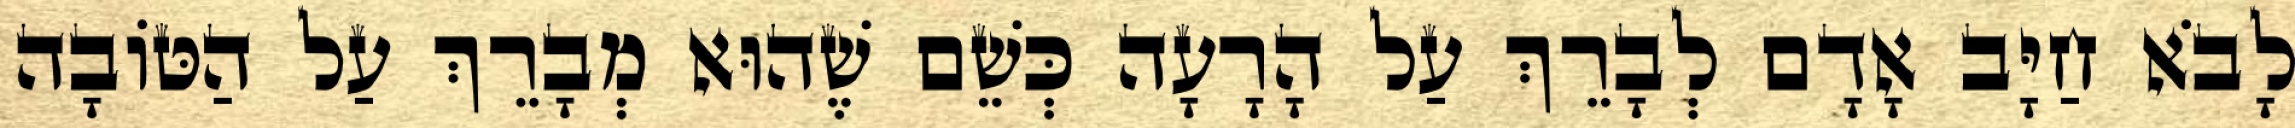
לָבֹא חַיָּב אָדָם לְבָרֵךְ עַל הָרָעָה כְּשֵׁם שֶׁהוּא מְבָרֵךְ עַל הַטּוֹבָה